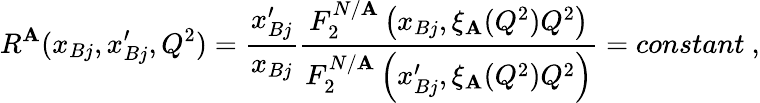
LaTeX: R^{\mathbf{A}}(x_{Bj},x_{Bj}^{\prime},Q^{2})={\frac{{x_{Bj}^{\prime}}}{{x_{Bj}}}}{\frac{{F_{2}^{N/\mathbf{A}}\left(x_{Bj},\xi_{\mathbf{A}}(Q^{2})Q^{2}\right)}}{{F_{2}^{N/\mathbf{A}}\left(x_{Bj}^{\prime},\xi_{\mathbf{A}}(Q^{2})Q^{2}\right)}}}=constant~,